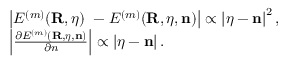
\begin{array} { r l } & { \left\vert E ^ { ( m ) } ( { \bf R } , { \boldsymbol \eta } ) \ - { \cal E } ^ { ( m ) } ( { \bf R } , { \boldsymbol \eta } , { \bf n } ) \right\vert \propto \left\vert { \boldsymbol \eta } - { \bf n } \right\vert ^ { 2 } , } \\ & { \left\vert \frac { \partial { \cal E } ^ { ( m ) } ( { \bf R } , { \boldsymbol \eta } , { \bf n } ) } { \partial n } \right\vert \propto \left\vert { \boldsymbol \eta } - { \bf n } \right\vert . } \end{array}